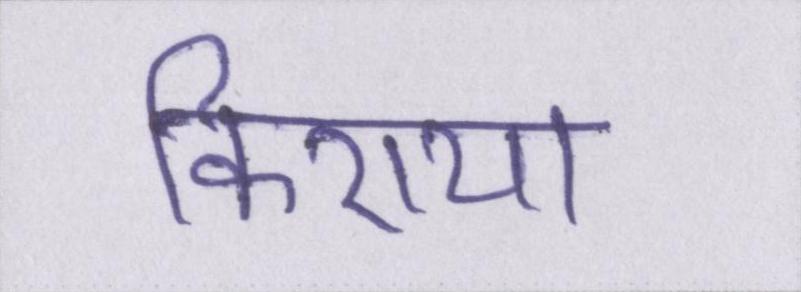
किराया